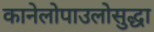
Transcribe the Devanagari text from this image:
कानेलोपाउलोसुद्धा